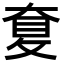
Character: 𡙐